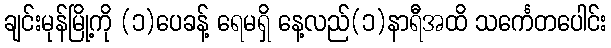
ချင်းမုန်မြို့ကို (၁)ပေခန့် ရေမရှိ နေ့လည်(၁)နာရီအထိ သင်္ကေတပေါင်း